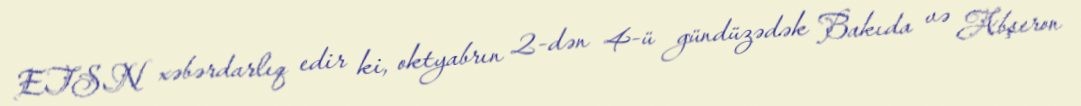
ETSN xəbərdarlıq edir ki, oktyabrın 2-dən 4-ü gündüzədək Bakıda və Abşeron